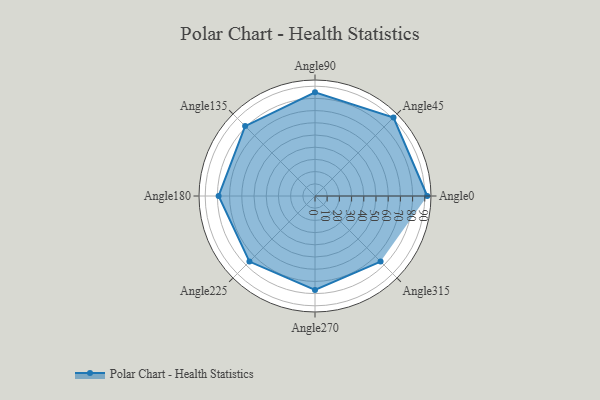
{"axis": {"x": "Angle", "y": "Radius"}, "legend": [""], "data": [{"x": "Angle0", "y": 92.0, "type": ""}, {"x": "Angle45", "y": 91.0, "type": ""}, {"x": "Angle90", "y": 85.0, "type": ""}, {"x": "Angle135", "y": 81.0, "type": ""}, {"x": "Angle180", "y": 79.0, "type": ""}, {"x": "Angle225", "y": 76.0, "type": ""}, {"x": "Angle270", "y": 77.0, "type": ""}, {"x": "Angle315", "y": 76.0, "type": ""}]}